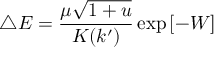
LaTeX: \triangle E = \frac { \mu \sqrt { 1 + u } } { K ( k ^ { \prime } ) } \exp { [ - W ] }